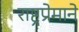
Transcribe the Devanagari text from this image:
राष्ट्रप्रेमाने